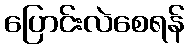
ပြောင်းလဲစေရန်